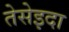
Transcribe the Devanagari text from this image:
तेसेइदा